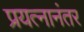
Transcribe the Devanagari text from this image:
प्रयत्नानंतर